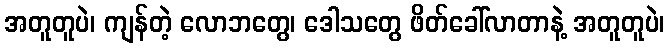
အတူတူပဲ၊ ကျန်တဲ့ လောဘတွေ၊ ဒေါသတွေ ဖိတ်ခေါ်လာတာနဲ့ အတူတူပဲ၊